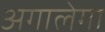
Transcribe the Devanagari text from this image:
अगालेगा